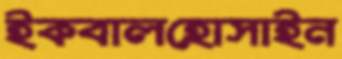
ইকবালহোসাইন